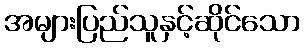
အများပြည်သူနှင့်ဆိုင်သော